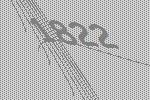
1822